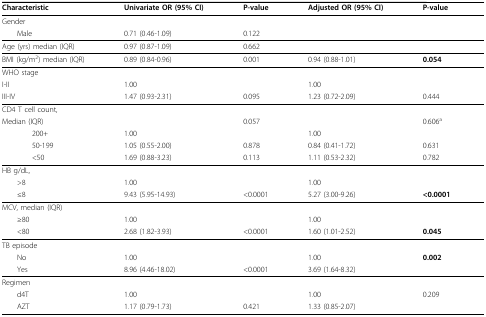
<table><thead><tr><td><b>Characteristic</b></td><td><b>Univariate OR (95% CI)</b></td><td><b>P-value</b></td><td><b>Adjusted OR (95% CI)</b></td><td><b>P-value</b></td></tr></thead><tbody><tr><td>Gender</td><td></td><td></td><td></td><td></td></tr><tr><td> Male</td><td>0.71(0.46-1.09)</td><td>0.122</td><td></td><td></td></tr><tr><td>Age (yrs) median (IQR)</td><td>0.97(0.87-1.09)</td><td>0.662</td><td></td><td></td></tr><tr><td>BMI (kg/m<sup>2</sup>) median (IQR)</td><td>0.89(0.84-0.96)</td><td>0.001</td><td>0.94(0.88-1.01)</td><td><b>0.054</b></td></tr><tr><td>WHO stage</td><td></td><td></td><td></td><td></td></tr><tr><td>I-II</td><td>1.00</td><td></td><td>1.00</td><td></td></tr><tr><td>III-IV</td><td>1.47(0.93-2.31)</td><td>0.095</td><td>1.23(0.72-2.09)</td><td>0.444</td></tr><tr><td>CD4 T cell count,</td><td></td><td></td><td></td><td></td></tr><tr><td>Median (IQR)</td><td></td><td>0.057</td><td></td><td>0.606<sup>a</sup></td></tr><tr><td>200+</td><td>1.00</td><td></td><td>1.00</td><td></td></tr><tr><td>50-199</td><td>1.05(0.55-2.00)</td><td>0.878</td><td>0.84(0.41-1.72)</td><td>0.631</td></tr><tr><td>&lt;50</td><td>1.69(0.88-3.23)</td><td>0.113</td><td>1.11(0.53-2.32)</td><td>0.782</td></tr><tr><td>HB g/dL,</td><td></td><td></td><td></td><td></td></tr><tr><td> &gt;8</td><td>1.00</td><td></td><td>1.00</td><td></td></tr><tr><td> ≤8</td><td>9.43(5.95-14.93)</td><td>&lt;0.0001</td><td>5.27(3.00-9.26)</td><td><b>&lt;0.0001</b></td></tr><tr><td>MCV, median (IQR)</td><td></td><td></td><td></td><td></td></tr><tr><td> ≥80</td><td>1.00</td><td></td><td>1.00</td><td></td></tr><tr><td> &lt;80</td><td>2.68(1.82-3.93)</td><td>&lt;0.0001</td><td>1.60 (1.01-2.52)</td><td><b>0.045</b></td></tr><tr><td>TB episode</td><td></td><td></td><td></td><td></td></tr><tr><td> No</td><td>1.00</td><td></td><td>1.00</td><td><b>0.002</b></td></tr><tr><td> Yes</td><td>8.96 (4.46-18.02)</td><td>&lt;0.0001</td><td>3.69(1.64-8.32)</td><td></td></tr><tr><td>Regimen</td><td></td><td></td><td></td><td></td></tr><tr><td> d4T</td><td>1.00</td><td></td><td>1.00</td><td>0.209</td></tr><tr><td> AZT</td><td>1.17(0.79-1.73)</td><td>0.421</td><td>1.33 (0.85-2.07)</td><td></td></tr></tbody></table>